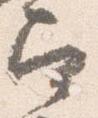
召